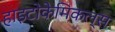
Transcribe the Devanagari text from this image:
हाइटोकेमिकल्स